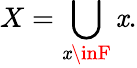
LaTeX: X=\bigcup_{\mathit{x}\inF}\mathit{x}.